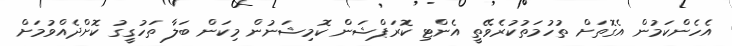
އެހެންކަމުން އެގޮތަށް ތުހުމަތުކުރެވޭތީ އެންޓި ކޮރަޕްޝަން ކޮމިޝަނުން މިކަން ބަލާ ތަހުގީގު ކޮށްދެއްވުމަށް